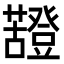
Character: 𧃵